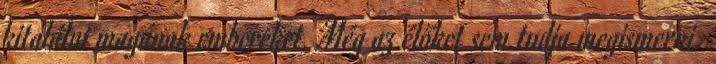
kitalálni magának embereket. Még az élőket sem tudja megismerni.